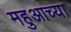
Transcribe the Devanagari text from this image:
महुआच्या